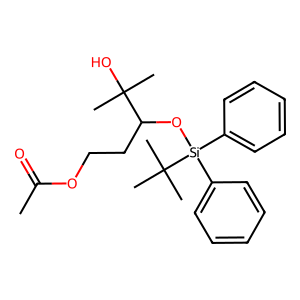
SMILES: CC(=O)OCCC(O[Si](c1ccccc1)(c1ccccc1)C(C)(C)C)C(C)(C)O
Inhibits HIV replication: No